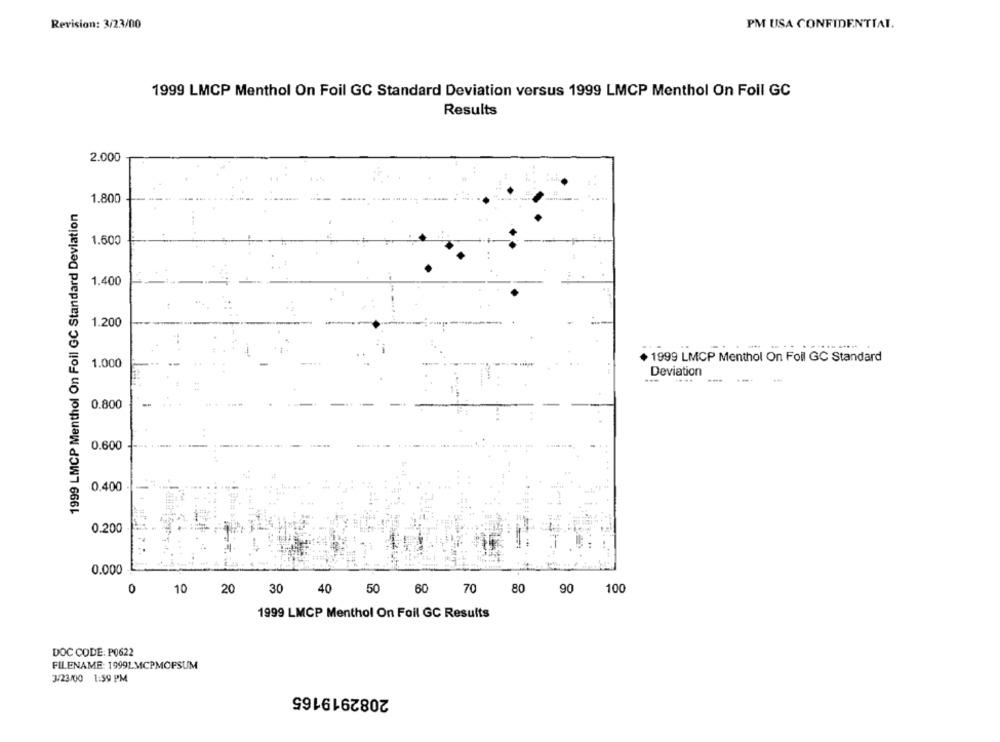
Revision: 3/23/00
PM USA CONFIDENTIAL.
1999 LMCP Menthol On Foil GC Standard Deviation versus 1999 LMCP Menthol On Foll GC
Results
2.000
1.800
1999 LMCP Menthol On Foil GC Standard Deviation
1.600
1.400
1.200
1.000
1999 LMCP Menthol On Foil GC Standard
Deviation
0.800
0.600
0.400
0.200
0.000
0
10
20
30
50 60
70
80 90
100
1999 LMCP Menthol On Foil GC Results
DOC CODE: P0622
FILENAME: 1999LMCPMOPSUM
3/23/00 1:59 PM
2082919165